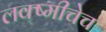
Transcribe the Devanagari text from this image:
लक्ष्मीचेच